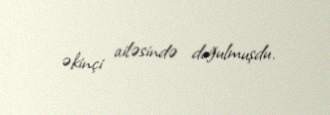
əkinçi ailəsində doğulmuşdu.